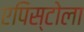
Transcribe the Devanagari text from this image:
एपिस्टोला